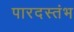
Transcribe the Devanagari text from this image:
पारदस्तंभ